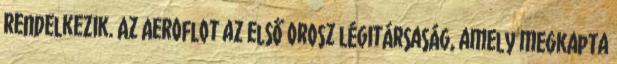
rendelkezik. Az Aeroflot az első orosz légitársaság, amely megkapta